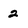
Character: 2